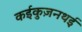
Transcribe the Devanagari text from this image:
कईकुज़नथई